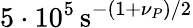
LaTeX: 5\cdot 10^{5}\, \mathrm{s}^{-(1+\nu_{P})/2}